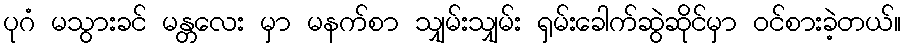
ပုဂံ မသွားခင် မန္တလေး မှာ မနက်စာ သျှမ်းသျှမ်း ရှမ်းခေါက်ဆွဲဆိုင်မှာ ဝင်စားခဲ့တယ်။